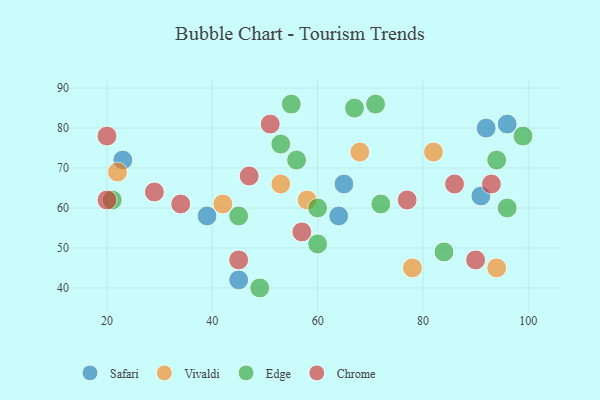
{"axis": {"x": "GDP", "y": "Life Expectancy"}, "legend": ["Chrome", "Edge", "Safari", "Vivaldi"], "data": [{"x": "23", "y": 72, "type": "Safari"}, {"x": "45", "y": 42, "type": "Safari"}, {"x": "39", "y": 58, "type": "Safari"}, {"x": "91", "y": 63, "type": "Safari"}, {"x": "65", "y": 66, "type": "Safari"}, {"x": "96", "y": 81, "type": "Safari"}, {"x": "92", "y": 80, "type": "Safari"}, {"x": "64", "y": 58, "type": "Safari"}, {"x": "68", "y": 74, "type": "Vivaldi"}, {"x": "58", "y": 62, "type": "Vivaldi"}, {"x": "82", "y": 74, "type": "Vivaldi"}, {"x": "42", "y": 61, "type": "Vivaldi"}, {"x": "53", "y": 66, "type": "Vivaldi"}, {"x": "94", "y": 45, "type": "Vivaldi"}, {"x": "22", "y": 69, "type": "Vivaldi"}, {"x": "78", "y": 45, "type": "Vivaldi"}, {"x": "55", "y": 86, "type": "Edge"}, {"x": "56", "y": 72, "type": "Edge"}, {"x": "49", "y": 40, "type": "Edge"}, {"x": "99", "y": 78, "type": "Edge"}, {"x": "96", "y": 60, "type": "Edge"}, {"x": "53", "y": 76, "type": "Edge"}, {"x": "71", "y": 86, "type": "Edge"}, {"x": "72", "y": 61, "type": "Edge"}, {"x": "67", "y": 85, "type": "Edge"}, {"x": "84", "y": 49, "type": "Edge"}, {"x": "94", "y": 72, "type": "Edge"}, {"x": "60", "y": 60, "type": "Edge"}, {"x": "60", "y": 51, "type": "Edge"}, {"x": "45", "y": 58, "type": "Edge"}, {"x": "21", "y": 62, "type": "Edge"}, {"x": "57", "y": 54, "type": "Chrome"}, {"x": "90", "y": 47, "type": "Chrome"}, {"x": "20", "y": 78, "type": "Chrome"}, {"x": "47", "y": 68, "type": "Chrome"}, {"x": "45", "y": 47, "type": "Chrome"}, {"x": "51", "y": 81, "type": "Chrome"}, {"x": "20", "y": 62, "type": "Chrome"}, {"x": "34", "y": 61, "type": "Chrome"}, {"x": "77", "y": 62, "type": "Chrome"}, {"x": "29", "y": 64, "type": "Chrome"}, {"x": "86", "y": 66, "type": "Chrome"}, {"x": "93", "y": 66, "type": "Chrome"}]}